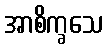
အာစိက္ခသေ